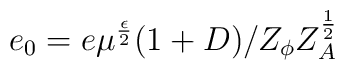
e_0 = e\mu^{\frac{\epsilon}{2}}  (1+D)/Z_\phi Z_A^{\frac{1}{2}}